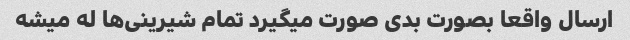
ارسال واقعا بصورت بدی صورت میگیرد تمام شیرینی‌ها له میشه